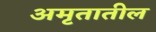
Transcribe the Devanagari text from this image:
अमृतातील